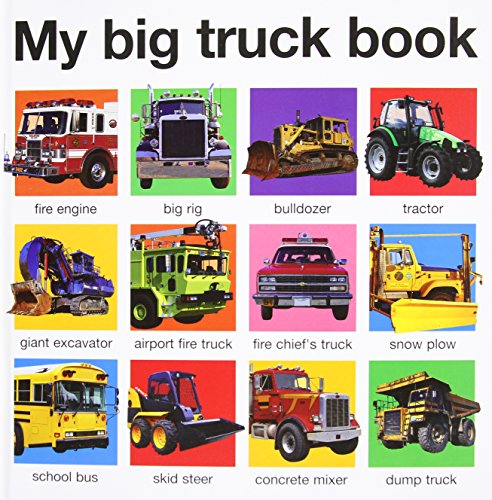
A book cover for My Big Truck Book (My Big Board Books); Roger Priddy; Children's Books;